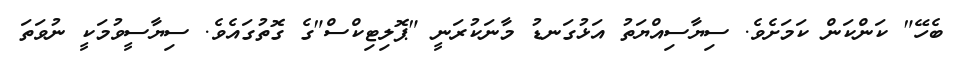
ބެހޭ" ކަންކަން ކަމަށެވެ. ސިޔާސިއްޔަތު އަޅުގަނޑު މާނަކުރަނީ "ޕޮލިޓިކްސް"ގެ ގޮތުގައެވެ. ސިޔާސީވުމަކީ ނުވަތަ